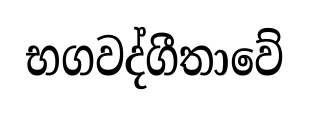
භගවද්ගීතාවේ